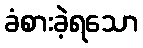
ခံစားခဲ့ရသော